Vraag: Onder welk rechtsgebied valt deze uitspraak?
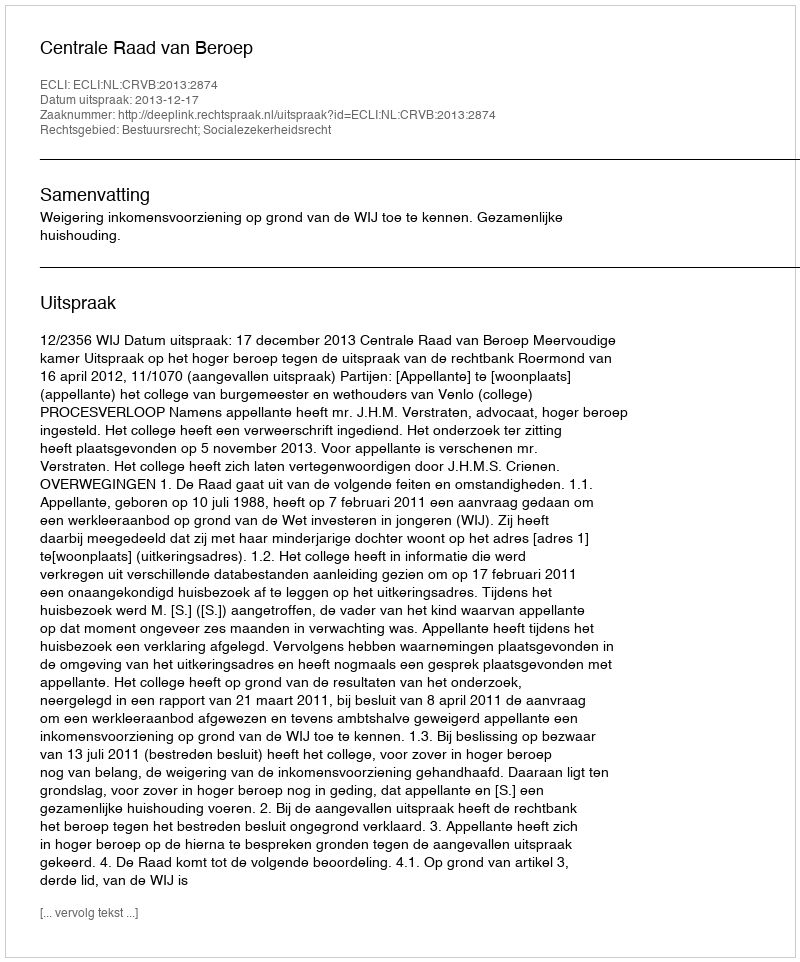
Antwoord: Bestuursrecht; Socialezekerheidsrecht